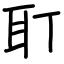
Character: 耵